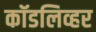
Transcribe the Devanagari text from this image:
कॉडलिव्हर